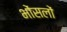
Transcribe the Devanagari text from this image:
भोंसलों